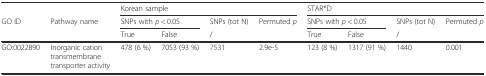
|  |  | <COLSPAN=4> Korean sample | <COLSPAN=4> STAR*D |
 | GO ID | Pathway name | <COLSPAN=2> SNPs with p < 0.05 | SNPs (tot N) | Permuted p | <COLSPAN=2> SNPs with p < 0.05 | SNPs (tot N) | Permuted p |
 |  |  | True | False | <COLSPAN=2> / | True | False | <COLSPAN=2> / |
 | --- | --- | --- | --- | --- | --- | --- | --- | --- | --- |
 | GO:0022890 | Inorganic cation transmembrane transporter activity | 478 (6 %) | 7053 (93 %) | 7531 | 2.9e-5 | 123 (8 %) | 1317 (91 %) | 1440 | 0.001 |